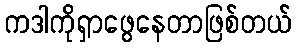
ကဒါကိုရှာဖွေနေတာဖြစ်တယ်